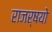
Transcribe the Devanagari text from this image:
राजर्षयो